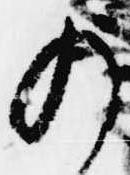
の